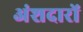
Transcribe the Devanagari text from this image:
अंशदारों